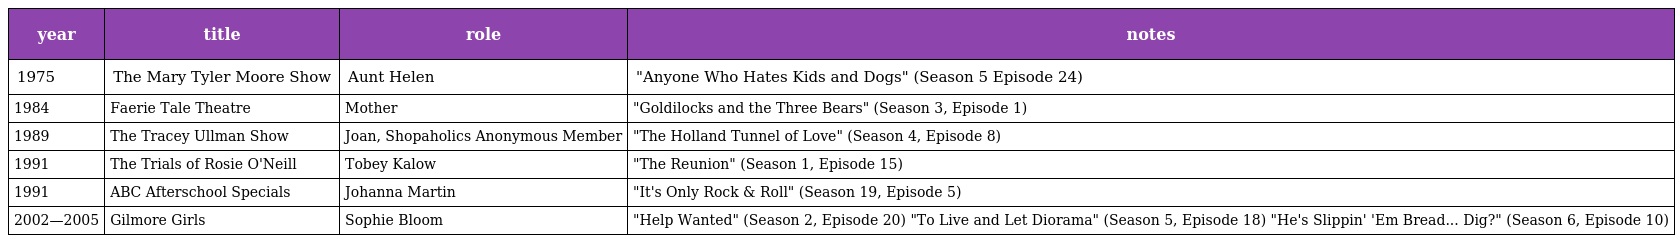
| year | title | role | notes |
 | --- | --- | --- | --- |
 | 1975 | The Mary Tyler Moore Show | Aunt Helen | "Anyone Who Hates Kids and Dogs" (Season 5 Episode 24) |
 | 1984 | Faerie Tale Theatre | Mother | "Goldilocks and the Three Bears" (Season 3, Episode 1) |
 | 1989 | The Tracey Ullman Show | Joan, Shopaholics Anonymous Member | "The Holland Tunnel of Love" (Season 4, Episode 8) |
 | 1991 | The Trials of Rosie O'Neill | Tobey Kalow | "The Reunion" (Season 1, Episode 15) |
 | 1991 | ABC Afterschool Specials | Johanna Martin | "It's Only Rock & Roll" (Season 19, Episode 5) |
 | 2002—2005 | Gilmore Girls | Sophie Bloom | "Help Wanted" (Season 2, Episode 20) "To Live and Let Diorama" (Season 5, Episode 18) "He's Slippin' 'Em Bread... Dig?" (Season 6, Episode 10) |